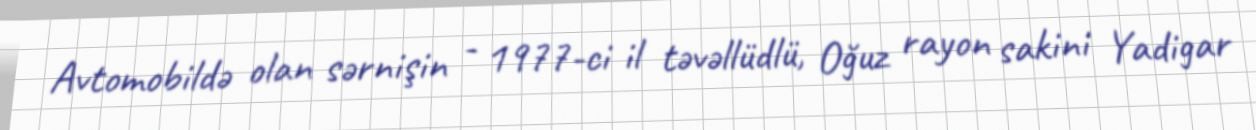
Avtomobildə olan sərnişin - 1977-ci il təvəllüdlü, Oğuz rayon sakini Yadigar